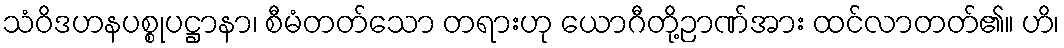
သံဝိဒဟနပစ္စုပဋ္ဌာနာ၊ စီမံတတ်သော တရားဟု ယောဂီတို့ဉာဏ်အား ထင်လာတတ်၏။ ဟိ၊